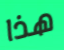
هذا